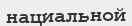
нациальной